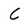
Character: c